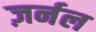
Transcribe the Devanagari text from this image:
ज़र्नल